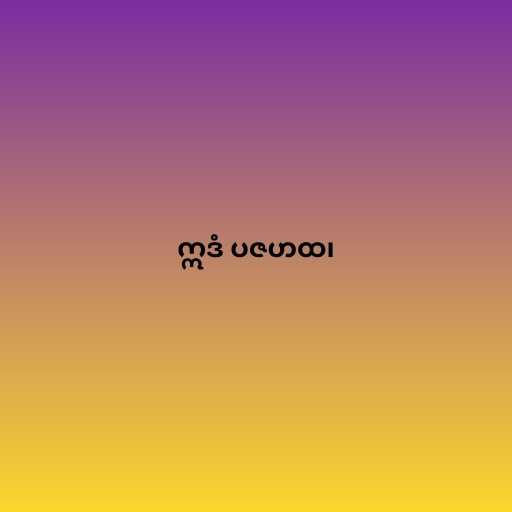
ဣဒံ ပဇဟထ၊